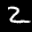
Label: 2